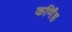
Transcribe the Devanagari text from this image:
कर्णिंह